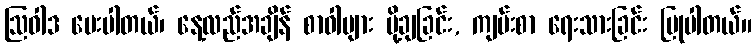
ဩဝါဒ ပေးပါတယ်၊ နေ့လည်အချိန် စာဝါများ ပို့ချခြင်း, ကျမ်းစာ ရေးသားခြင်း ပြုပါတယ်။